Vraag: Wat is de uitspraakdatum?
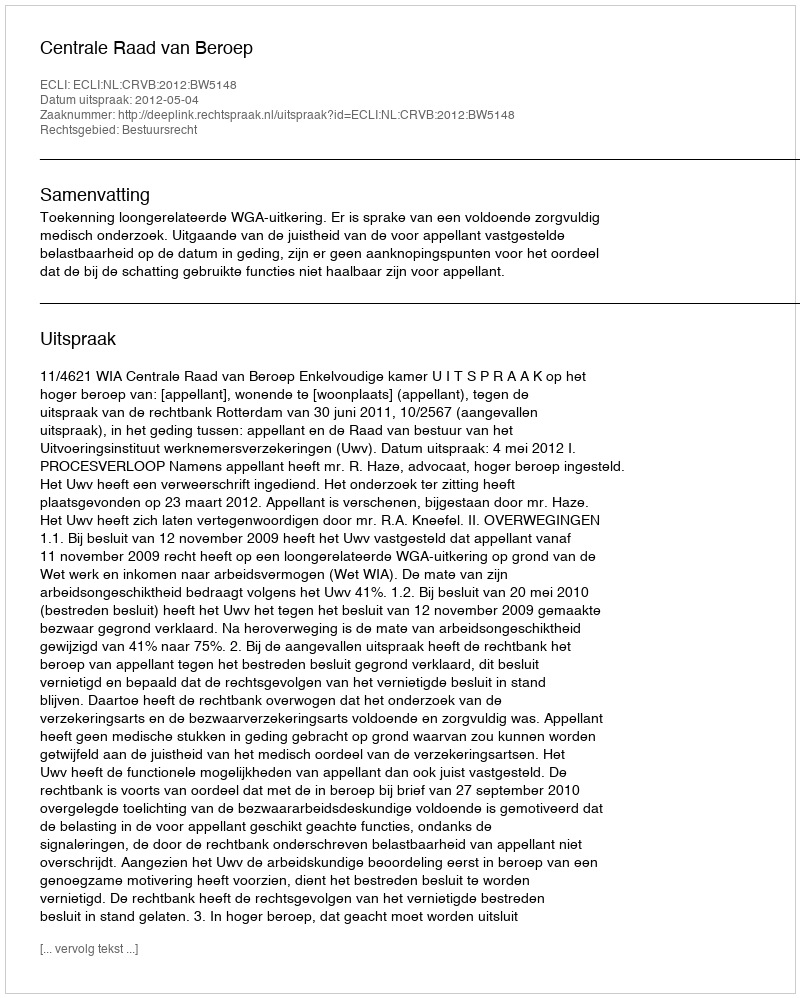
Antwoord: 2012-05-04